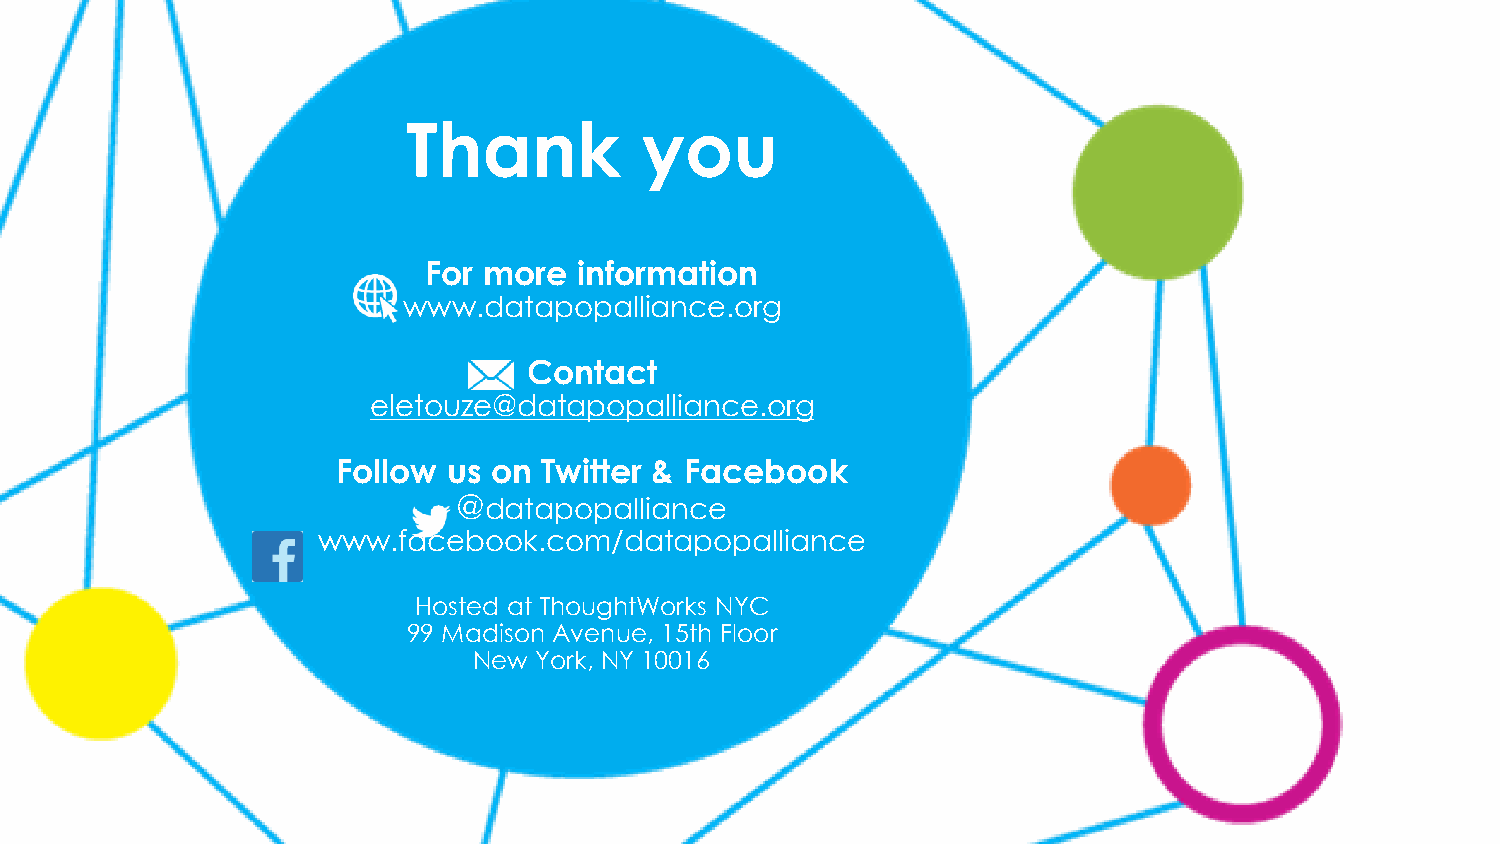
Thank          you
 For more  information
 www.datapopalliance.org
 Contact
 eletouze@datapopalliance.org
 Follow  us on Twitter & Facebook
 @datapopalliance
 www.facebook.com/datapopalliance
 Hosted at ThoughtWorks NYC
 99 Madison Avenue, 15th Floor
 New York, NY 10016